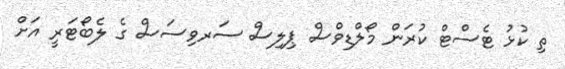
ތި ކުޅު ޓެސްޓް ކުރަން މޯލްޑިވްސް ޕިލިސް ސަރވިސަސް ގެ ލެބޯޓަރީ އަށް